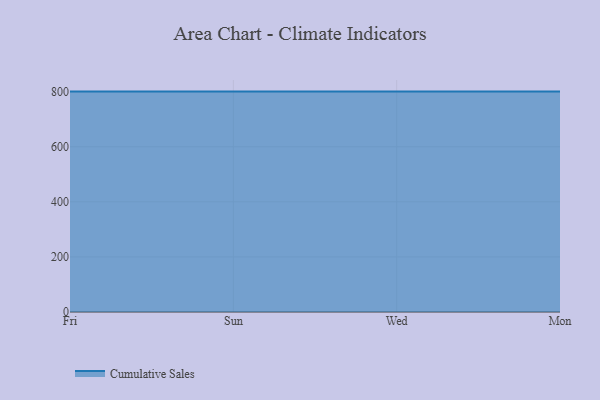
{"axis": {"x": "Day", "y": "Waste Production (Tons)"}, "legend": ["Cumulative Sales"], "data": [{"x": "Fri", "y": 800, "type": "Cumulative Sales"}, {"x": "Sun", "y": 800, "type": "Cumulative Sales"}, {"x": "Wed", "y": 800, "type": "Cumulative Sales"}, {"x": "Mon", "y": 800, "type": "Cumulative Sales"}]}